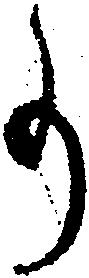
事